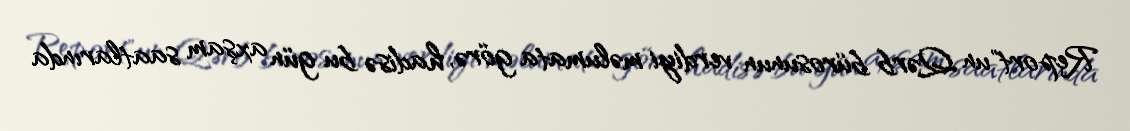
Report"un Qərb bürosunun verdiyi məlumata görə, hadisə bu gün axşam saatlarında